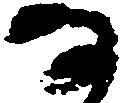
な